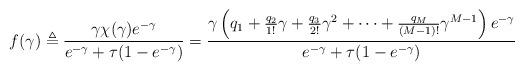
LaTeX: \begin{align*}f(\gamma) \triangleq \frac{\gamma \chi(\gamma) e^{- \gamma}}{e^{-\gamma}+\tau(1-e^{-\gamma})} = \frac{\gamma \left( q_1 + \frac{q_2}{1!} \gamma + \frac{q_3}{2!} \gamma^2 + \cdots + \frac{q_M}{(M-1)!}\gamma^{M-1}\right) e^{- \gamma}}{e^{-\gamma}+\tau(1-e^{-\gamma})}\end{align*}